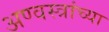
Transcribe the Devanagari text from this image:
अण्वस्त्रांच्या